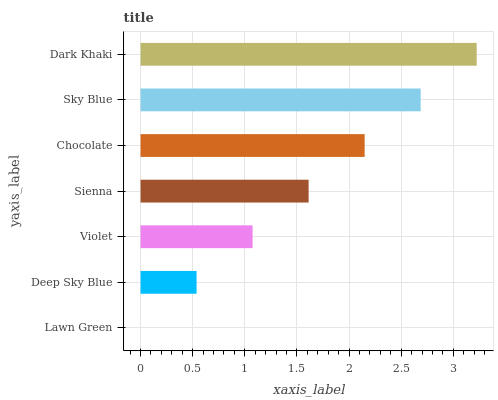
| yaxis_label | bars |
 | --- | --- |
 | Lawn Green | 0 |
 | Deep Sky Blue | 0.537 |
 | Violet | 1.07 |
 | Sienna | 1.61 |
 | Chocolate | 2.15 |
 | Sky Blue | 2.69 |
 | Dark Khaki | 3.22 |